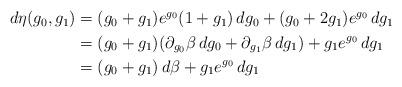
LaTeX: \begin{align*}\begin{aligned}d\eta(g_0,g_1)&=(g_0+g_1)e^{g_0}(1+g_1)\,dg_0+(g_0+2g_1)e^{g_0}\,dg_1\\&=(g_0+g_1)(\partial_{g_0}\beta\,dg_0+\partial_{g_1}\beta\,dg_1)+g_1e^{g_0}\,dg_1\\&=(g_0+g_1)\,d\beta+g_1e^{g_0}\,dg_1\end{aligned}\end{align*}